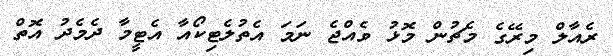
ރެއާލް މިރޭގެ މެޗުން މޮޅު ވެއްޖެ ނަމަ އެތުލެޓިކޯއާ އެޓީމާ ދެމެދު އޮތް